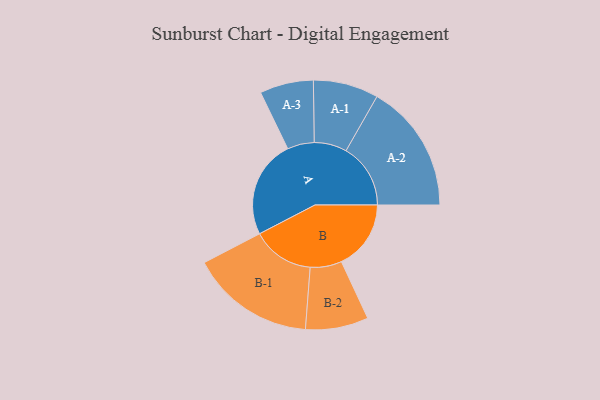
{"axis": {"x": "Segment", "y": "Value"}, "legend": ["", "A", "B"], "data": [{"x": "A", "y": 427, "type": ""}, {"x": "B", "y": 303, "type": ""}, {"x": "A-1", "y": 142, "type": "A"}, {"x": "A-2", "y": 281, "type": "A"}, {"x": "A-3", "y": 117, "type": "A"}, {"x": "B-1", "y": 271, "type": "B"}, {"x": "B-2", "y": 137, "type": "B"}]}